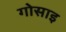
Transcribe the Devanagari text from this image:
गोसाइ